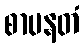
စာပနတံ